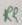
Text: R2